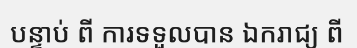
បន្ទាប់ ពី ការទទួលបាន ឯករាជ្យ ពី